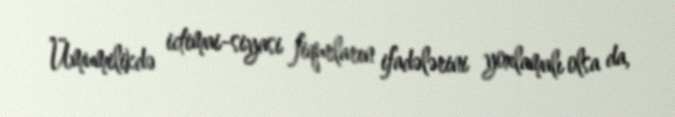
Ümumilikdə ictimai-siyasi fiqurların ifadələrini yoxlamalı olsa da,